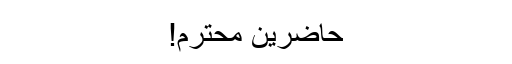
حاضرین محترم!